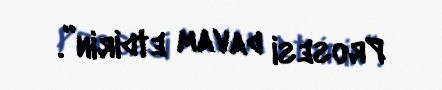
Prosesi davam etdirin”.